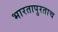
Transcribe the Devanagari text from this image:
भारतापुरताच